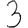
Digit: 3